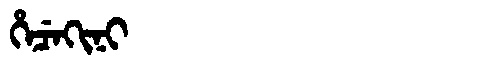
Manchu: ᡥᡝᠴᡝᡴᡳᠨᡳ
Romanization: HECEKINI